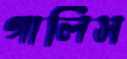
গালিস